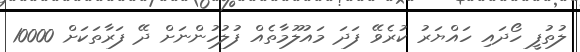
ލުތުފީ ހޯދައި ހައްޔަރު ކުރެވޭ ފަދަ މައުލޫމާތެއް ފުލުހުންނަށް ދޭ ފަރާތަކަށް 10000